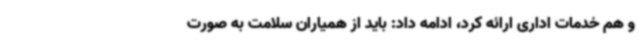
و هم خدمات اداری ارائه کرد، ادامه داد: باید از همیاران سلامت به ‌صورت